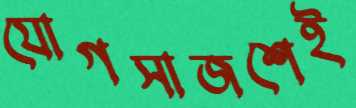
যোগসাজশেই